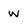
Character: w